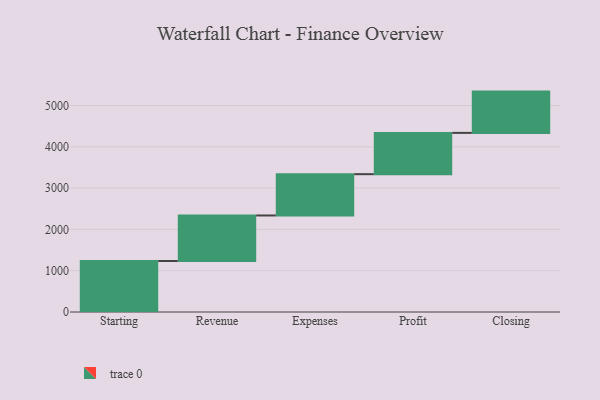
{"axis": {"x": "Step", "y": "Value"}, "legend": [""], "data": [{"x": "Starting", "y": 1235.0, "type": ""}, {"x": "Revenue", "y": 1103.0, "type": ""}, {"x": "Expenses", "y": 1000, "type": ""}, {"x": "Profit", "y": 1000, "type": ""}, {"x": "Closing", "y": 1000, "type": ""}]}